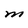
Character: M